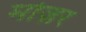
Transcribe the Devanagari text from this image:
मोज़र